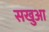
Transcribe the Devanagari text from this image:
सखुआ